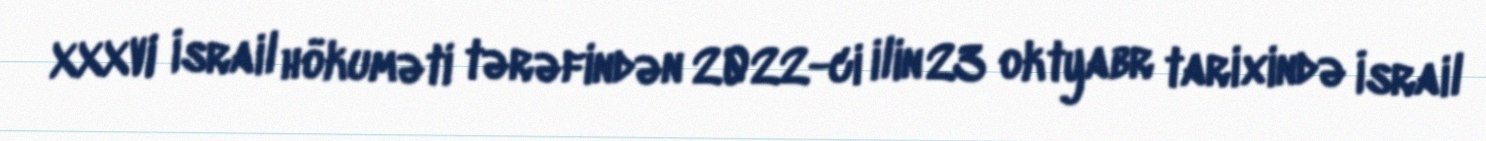
XXXVI İsrail hökuməti tərəfindən 2022-ci ilin 23 oktyabr tarixində İsrail